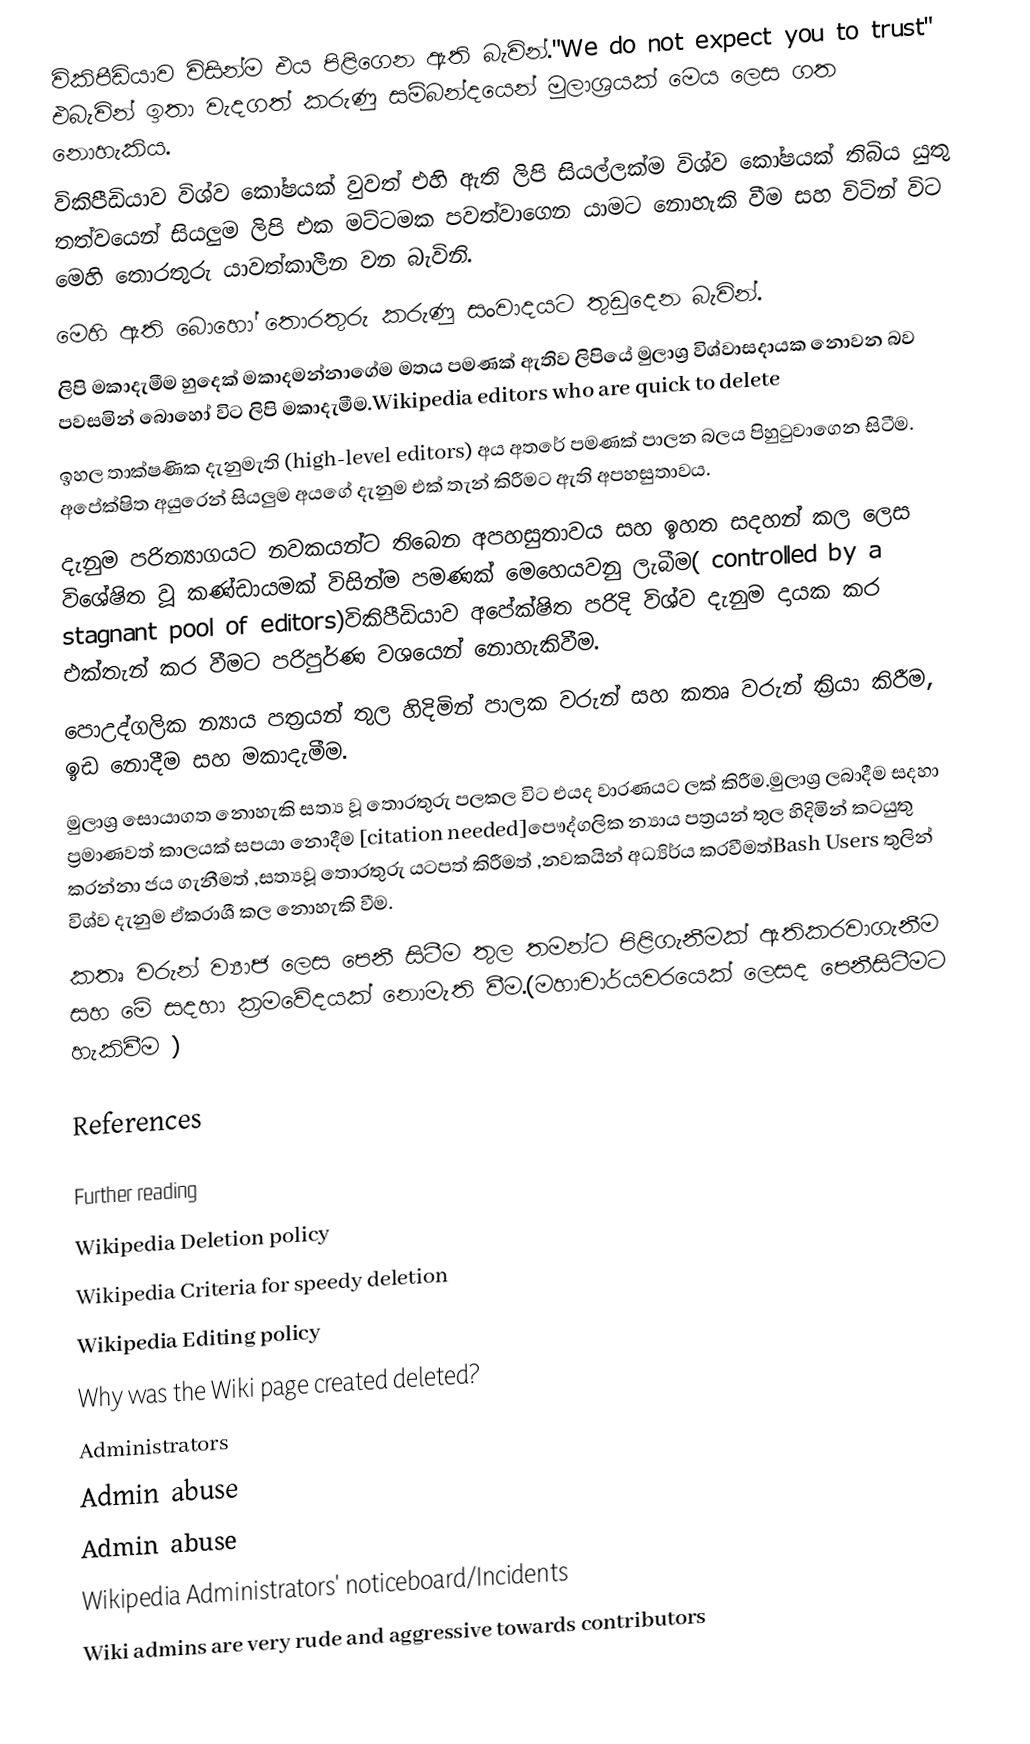
විකිපීඩියාව විසින්ම  එය පිළිගෙන ඇති බැවින්."We do not expect you to trust" එබැවින්  ඉතා වැදගත් කරුණු සම්බන්දයෙන් මුලාශ්‍රයක් මෙය ලෙස ගත නොහැකිය.
 විකිපීඩියාව  විශ්ව කෝෂයක් වුවත් එහි ඇති ලිපි සියල්ලක්ම විශ්ව කෝෂයක් තිබිය යුතු  තත්වයෙන්  සියලුම ලිපි එක මට්ටමක පවත්වාගෙන යාමට නොහැකි වීම සහ විටින් විට මෙහි තොරතුරු යාවත්කාලීන වන බැවිනි.
 මෙහි ඇති බොහෝ තොරතුරු කරුණු සංවාදයට තුඩුදෙන බැවින්.
 ලිපි මකාදැමීම හුදෙක් මකාදමන්නාගේම මතය පමණක් ඇතිව ලිපියේ මුලාශ්‍ර විශ්වාසදායක නොවන බව පවසමින්  බොහෝ විට ලිපි මකාදැමීම.Wikipedia editors who are quick to delete
 ඉහල තාක්ෂණික දැනුමැති (high-level editors) අය අතරේ  පමණක් පාලන බලය පිහුටුවාගෙන සිටීම. අපේක්ෂිත අයුරෙන් සියලුම අයගේ දැනුම එක් තැන් කිරීමට ඇති අපහසුතාවය.
 දැනුම පරිත්‍යාගයට නවකයන්ට තිබෙන අපහසුතාවය  සහ ඉහත සදහන් කල ලෙස  විශේෂිත වූ කණ්ඩායමක් විසින්ම පමණක් මෙහෙයවනු ලැබීම( controlled by a stagnant pool of editors)විකිපීඩියාව අපේක්ෂිත පරිදි  විශ්ව දැනුම දායක කර එක්තැන් කර වීමට පරිපුර්ණ වශයෙන් නොහැකිවීම.
පොඋද්ගලික න්‍යාය පත්‍රයන් තුල හිදිමින්  පාලක වරුන් සහ කතෘ වරුන් ක්‍රියා කිරීම, ඉඩ නොදීම සහ මකාදැමීම.
මුලාශ්‍ර සොයාගත නොහැකි සත්‍ය වූ තොරතුරු පලකල විට එයද වාරණයට ලක් කිරීම.මුලාශ්‍ර ලබාදීම සදහා ප්‍රමාණවත් කාලයක් සපයා නොදීම [citation needed]පෞද්ගලික න්‍යාය පත්‍රයන් තුල හිදිමින් කටයුතු කරන්නා ජය ගැනීමත් ,සත්‍යවූ තොරතුරු යටපත් කිරීමත් ,නවකයින් අධ්‍යිර්ය කරවීමත්Bash Users තුලින් විශ්ව දැනුම ඒකරාශී කල නොහැකි වීම.
කතෘ වරුන් ව්‍යාජ ලෙස පෙනී සිටීම තුල  තමන්ට පිළිගැනීමක් ඇතිකරවාගැනීම සහ මේ සදහා ක්‍රමවේදයක් නොමැති වීම.(මහාචාර්යවරයෙක් ලෙසද පෙනීසිටීමට හැකිවීම )

References

Further reading
 Wikipedia Deletion policy
 Wikipedia Criteria for speedy deletion
 Wikipedia Editing policy
 Why was the Wiki page created deleted?
Administrators
 Admin abuse
  Admin abuse
 Wikipedia Administrators'  noticeboard/Incidents
 Wiki admins are very rude and aggressive towards contributors